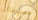
معلوماتنا